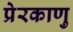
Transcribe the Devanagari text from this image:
प्रेरकाणु